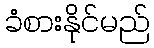
ခံစားနိုင်မည်